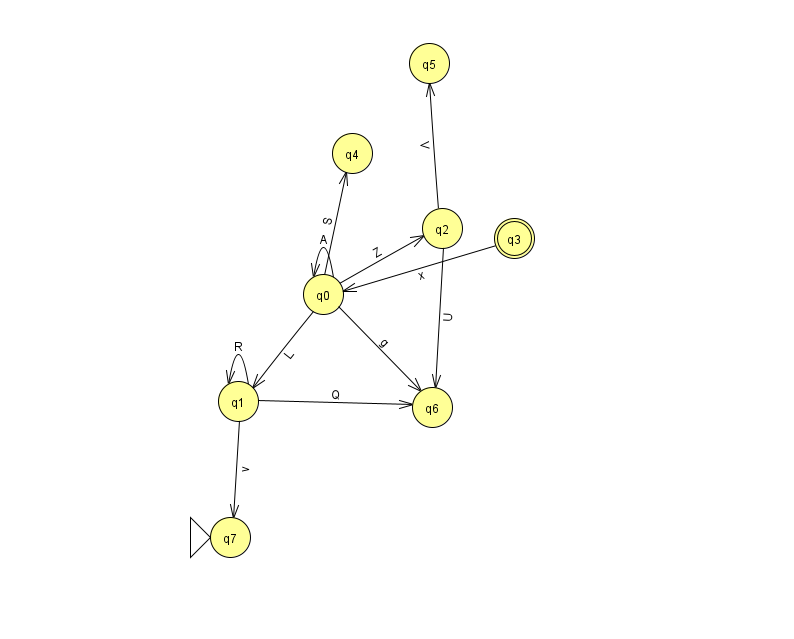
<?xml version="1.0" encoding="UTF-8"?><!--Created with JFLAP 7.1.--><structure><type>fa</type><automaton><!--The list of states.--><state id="0" name="q0"><x>323.0</x><y>281.0</y></state><state id="1" name="q1"><x>238.0</x><y>388.0</y></state><state id="2" name="q2"><x>442.0</x><y>215.0</y></state><state id="3" name="q3"><x>514.0</x><y>225.0</y><final/></state><state id="4" name="q4"><x>352.0</x><y>140.0</y></state><state id="5" name="q5"><x>429.0</x><y>50.0</y></state><state id="6" name="q6"><x>432.0</x><y>394.0</y></state><state id="7" name="q7"><x>230.0</x><y>524.0</y><initial/></state><!--The list of transitions.--><transition><from>0</from><to>0</to><read>A</read></transition><transition><from>1</from><to>6</to><read>Q</read></transition><transition><from>1</from><to>1</to><read>R</read></transition><transition><from>2</from><to>5</to><read>V</read></transition><transition><from>0</from><to>1</to><read>L</read></transition><transition><from>0</from><to>2</to><read>Z</read></transition><transition><from>2</from><to>6</to><read>U</read></transition><transition><from>0</from><to>4</to><read>S</read></transition><transition><from>0</from><to>6</to><read>g</read></transition><transition><from>1</from><to>7</to><read>v</read></transition><transition><from>3</from><to>0</to><read>x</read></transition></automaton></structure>